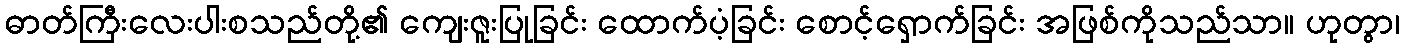
ဓာတ်ကြီးလေးပါးစသည်တို့၏ ကျေးဇူးပြုခြင်း ထောက်ပံ့ခြင်း စောင့်ရှောက်ခြင်း အဖြစ်ကိုသည်သာ။ ဟုတွာ၊